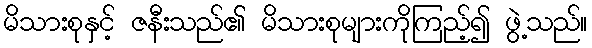
မိသားစုနှင့် ဇနီးသည်၏ မိသားစုများကိုကြည့်၍ ဖွဲ့သည်။